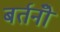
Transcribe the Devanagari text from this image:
बर्तनोँ